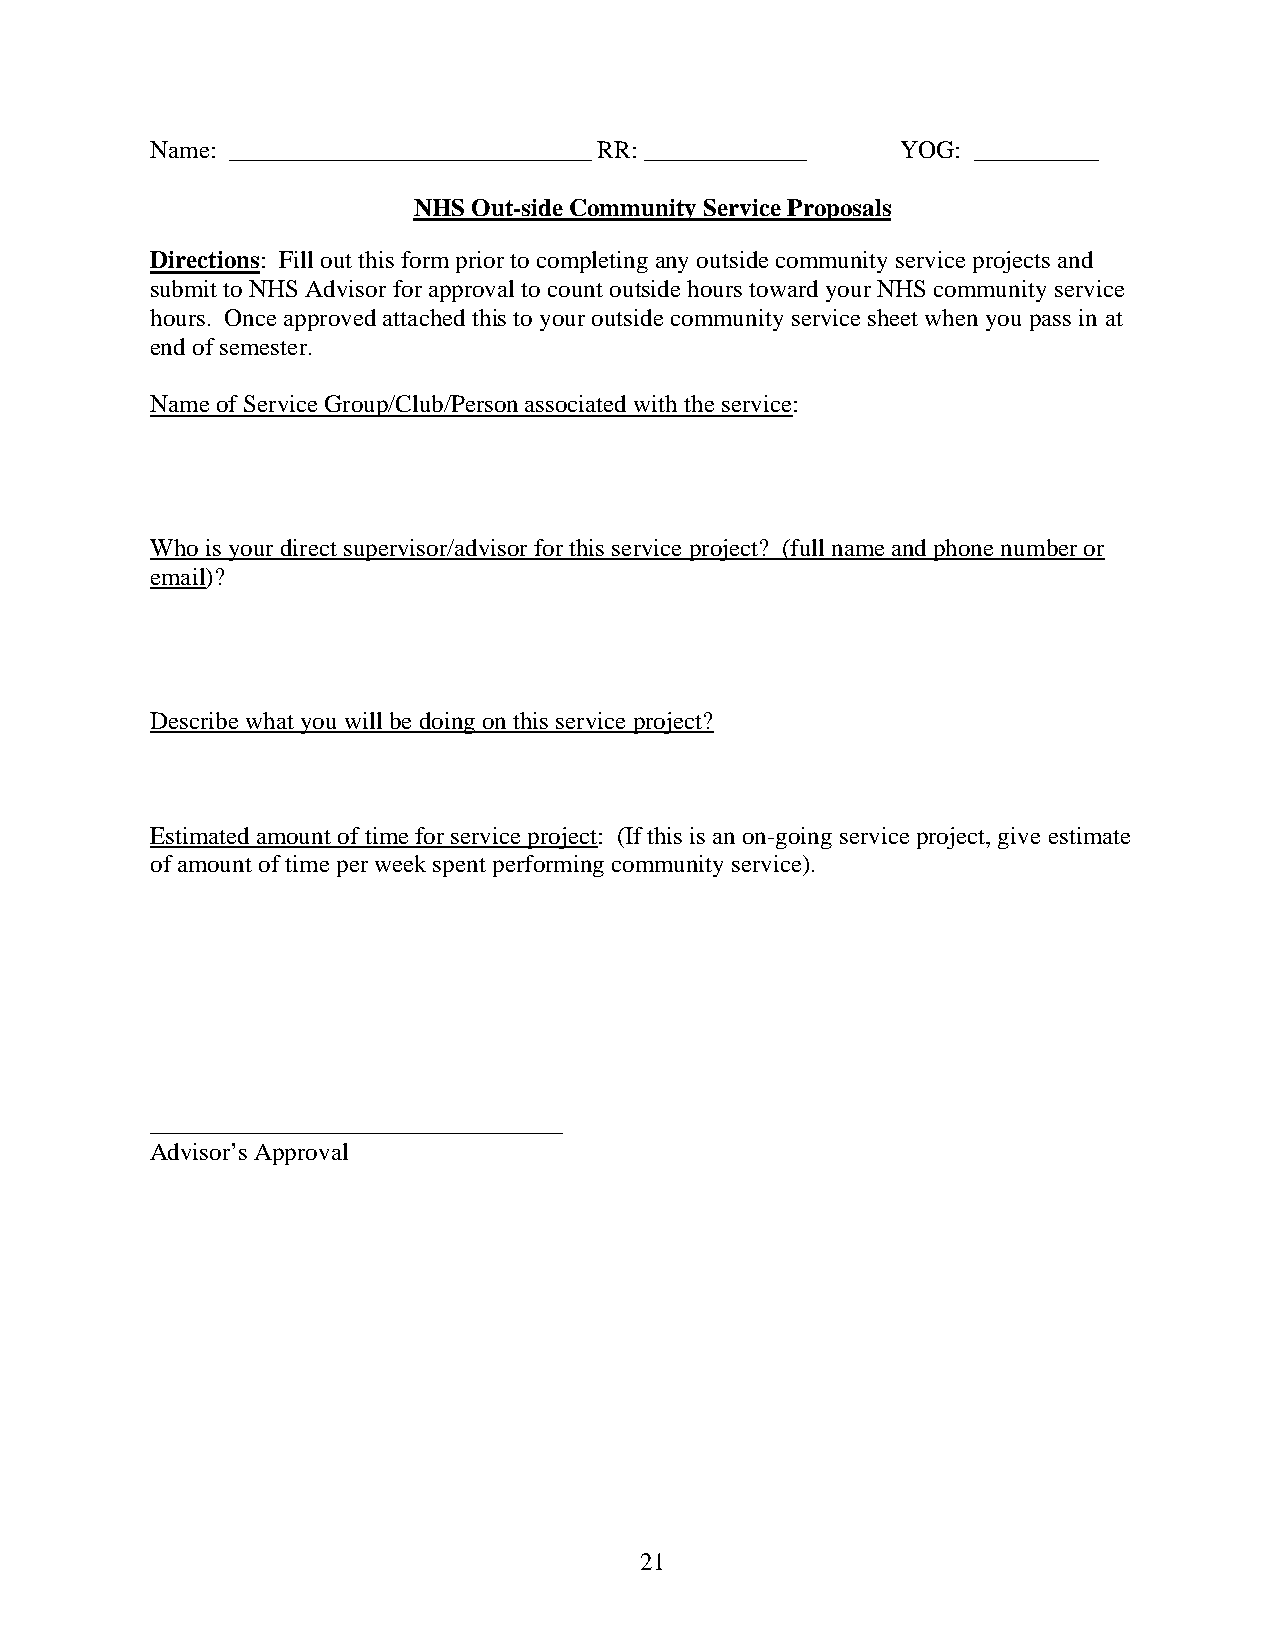
Name: _____________________________ RR: _____________ YOG: __________
 NHS Out-side Community Service Proposals
 Directions: Fill out this form prior to completing any outside community service projects and
 submit to NHS Advisor for approval to count outside hours toward your NHS community service
 hours. Once approved attached this to your outside community service sheet when you pass in at
 end of semester.
 Name of Service Group/Club/Person associated with the service:
 Who is your direct supervisor/advisor for this service project? (full name and phone number or
 email)?
 Describe what you will be doing on this service project?
 Estimated amount of time for service project: (If this is an on-going service project, give estimate
 of amount of time per week spent performing community service).
 _________________________________
 Advisor’s Approval
 21